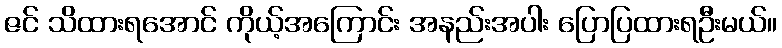
ဇင် သိထားရအောင် ကိုယ့်အကြောင်း အနည်းအပါး ပြောပြထားရဦးမယ်။